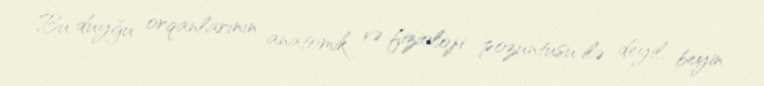
Bu duyğu orqanlarının anatomik və fizioloji pozuntusu ilə deyil, beyin